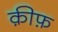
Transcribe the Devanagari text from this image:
क़ीफ़